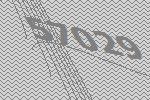
57029